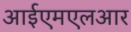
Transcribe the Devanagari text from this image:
आईएमएलआर